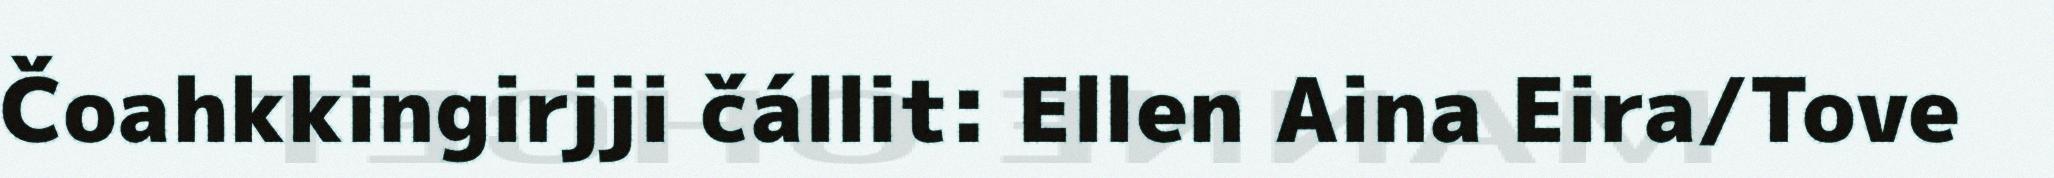
Čoahkkingirjji čállit: Ellen Aina Eira/Tove